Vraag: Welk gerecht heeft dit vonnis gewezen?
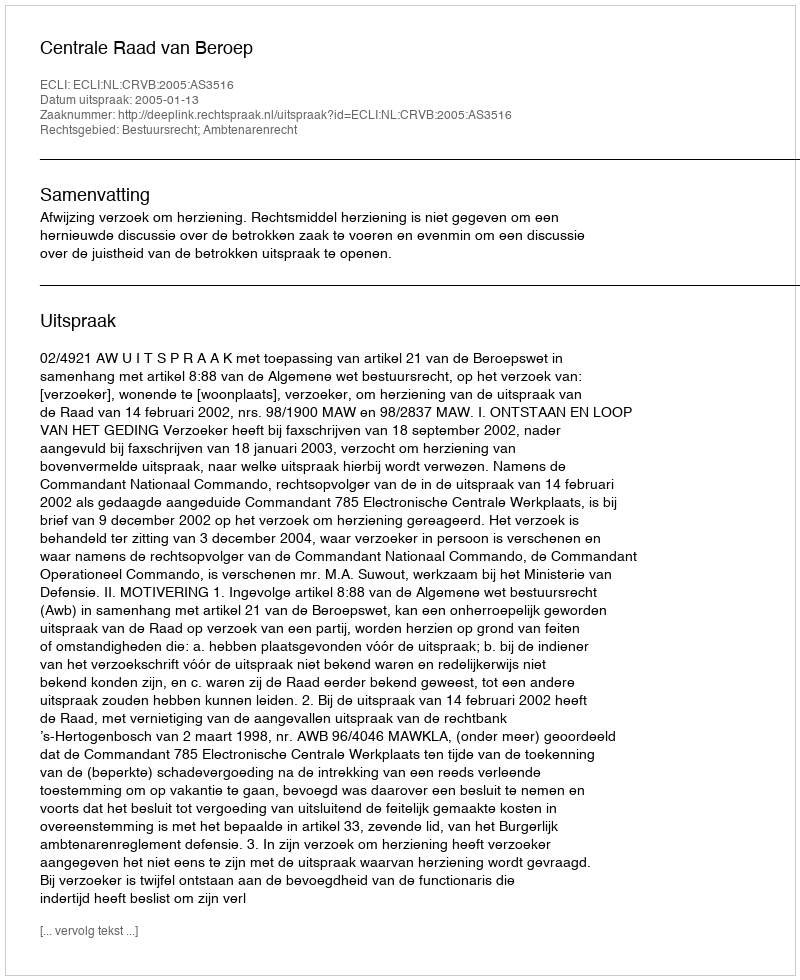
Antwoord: Centrale Raad van Beroep